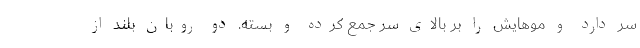
سر دارد و موهایش را بر بالای سر جمع کرده و بسته. دو روبان بلند از